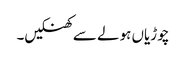
چوڑیاں ہولے سے کھنکیں۔